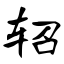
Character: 轺